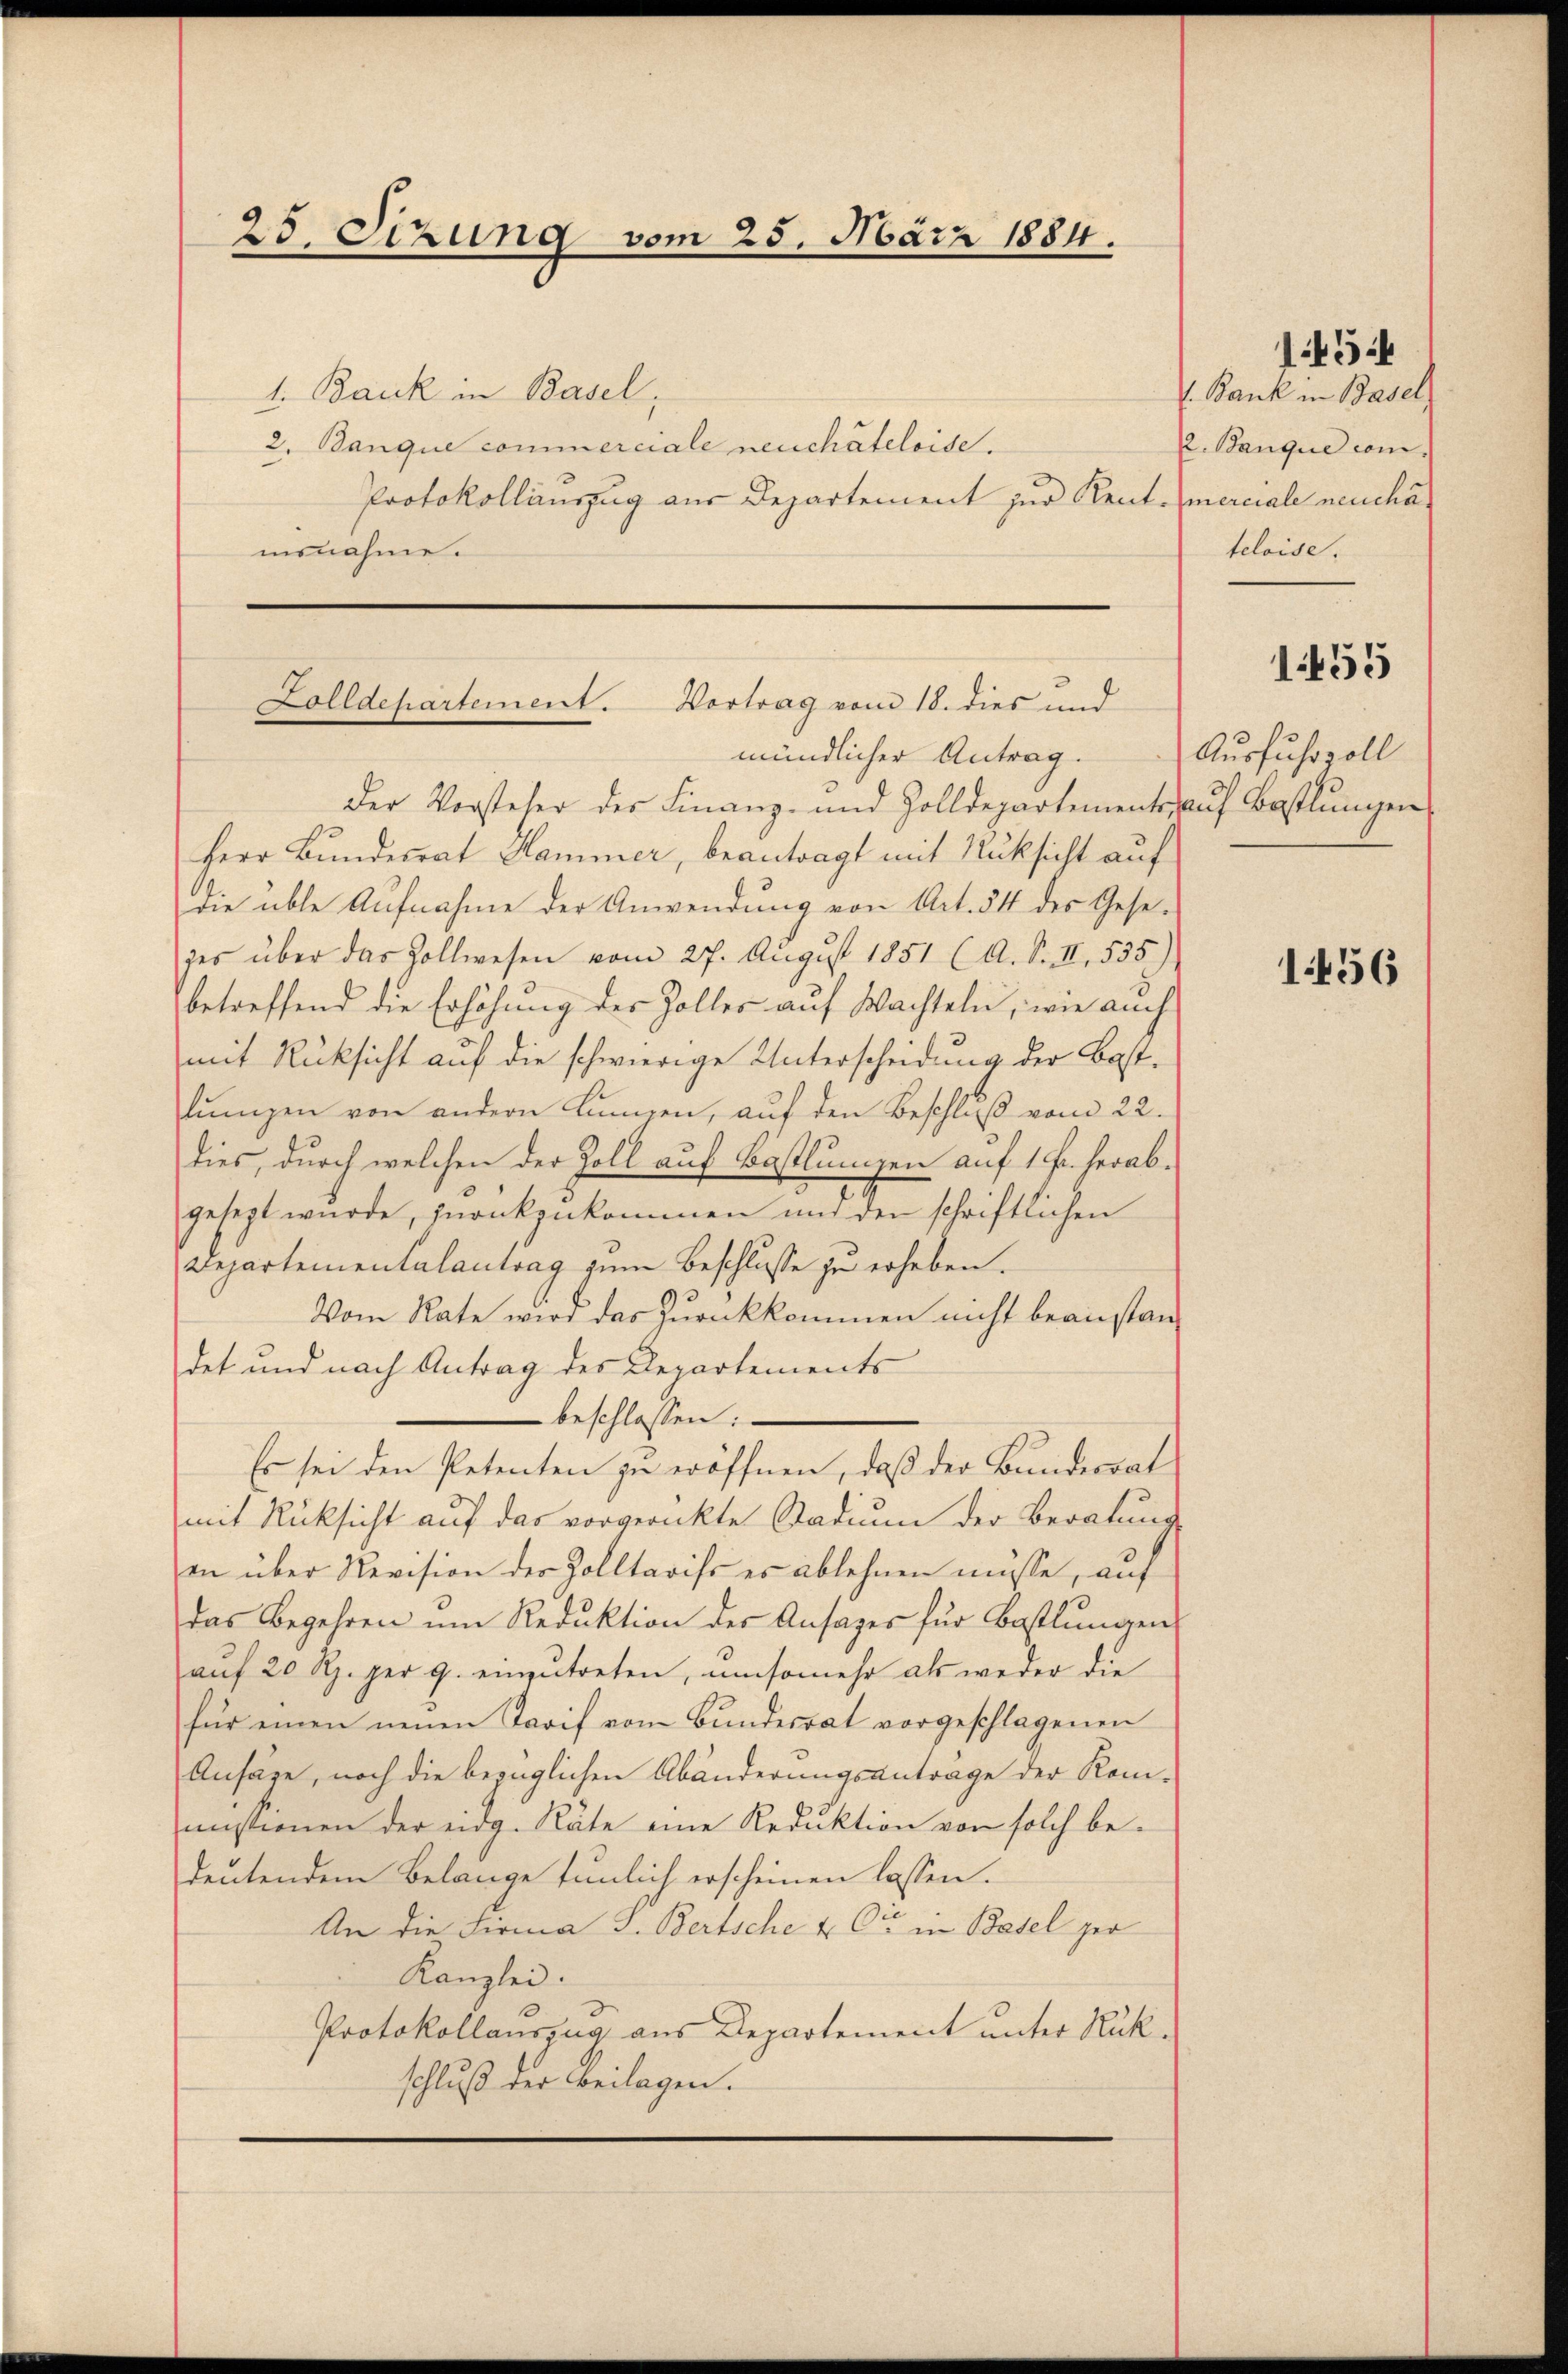
25. Sezung vom 25. März 1884.
1. Bank in Basel,

2. Banque commerciale neuchâteloise.
Protokollauszug aus Departement zur Kent-
nisnahme.

Zolldepartement. Vortrag vom 18. dies und
mündlicher Antrag.

Der Vorsteher der Finanz- und Zolldepartements auf Bastlungen
Herr Bundesrat Hammer, beantragt mit Rüksicht auf
die üble Aufnahme der Anwendung von Art. 54 des Gesezes über das Zollwesen vom 27. August 1851 (A. S. II, 535)
betreffend die Erhöhung des Zolles auf Wachteln, wie auch
mit Rücksicht auf die schwierige Unterscheidung der Bastlungen von andern können, auf den Beschluß vom 22.
dies, durch welchen der Zoll auf Bastlungen auf 1 Fr. herabgesezt wurde, zurükzukommen und den schriftlichen
Departementalantrag zum Beschlusse zu erheben.
Vom Rate wird das Zurückkommen nicht beanstandet und nach Antrag des Departements
beschlossen:
Es sei den Petenten zu eröffnen, daß der Bundesrat
mit Rücksicht auf das vorgerückte Stadium der Beratung
in über Revision der Zolltarifs es ablehnen müsse, auf
das Begehren um Reduktion der Ansages für Bastlungen
aŭf 20 Rp. per 9. einzŭtreten, umsomehr als weder die
für einen neuen Tarif vom Bundesrat vorgeschlagenen
Ansäge, noch die bezüglichen Abänderungsantrage der Kommistionen der eidg. Räte eine Reduktion von solch bedeutendem Belange tunlich erscheinen lassen.
An die Firma J. Bertsche & Cie in Basel per
Kanzlei.
Protokollauszug aus Departement unter Rükschluß der Beilagen.

. Bank in Basel
2. Banque com
merciale neucha
teloise.

1454

1455

Ausfuhrzoll

1456